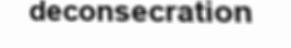
deconsecration